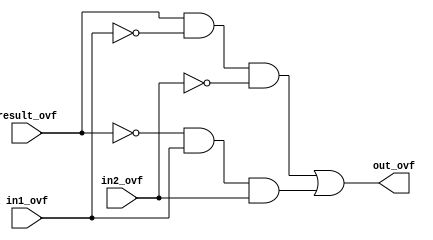
module OVF (in1_ovf, in2_ovf, result_ovf, out_ovf);
  input in1_ovf, in2_ovf, result_ovf;
  output out_ovf;
  
  wire out_not0, out_not1, out_not2, out_and0, out_and1, out_and2, out_and3;
  
  not not0(out_not0, in1_ovf);
  not not1(out_not1, in2_ovf);
  not not2(out_not2, result_ovf);
  and and0(out_and0, result_ovf, out_not0);
  and and1(out_and1, out_and0, out_not1);
  and and2(out_and2, out_not2,in1_ovf);
  and and3(out_and3, out_and2, in2_ovf);
  or or0(out_ovf, out_and1, out_and3);
endmodule